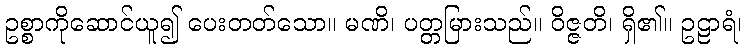
ဥစ္စာကိုဆောင်ယူ၍ ပေးတတ်သော။ မဏိ၊ ပတ္တမြားသည်။ ဝိဇ္ဇတိ၊ ရှိ၏။ ဥဠာရံ၊